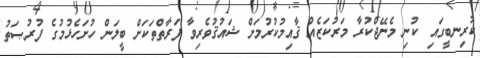
ކުރިނބީގައި ކުނި މެނޭޖްކުރާ މަރުކަޒެއް ޤާއިމުކުރުމަށް ޝައުޤުވެރިވާ ފަރާތްތަކަށް ބީލަން ހުށަހެޅުމުގެ ފުރުޞަތު